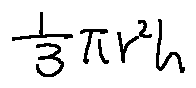
\frac { 1 } { 3 } \pi r ^ { 2 } h